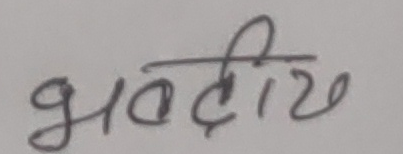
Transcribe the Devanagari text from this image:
भत्तीय